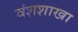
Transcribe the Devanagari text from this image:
वंशशाखा